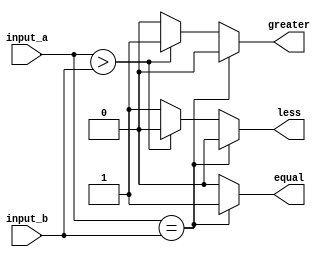
module parameterized_comparator #(parameter N = 8) (
    input  wire [N-1:0] input_a,
    input  wire [N-1:0] input_b,
    output reg  equal,
    output reg  greater,
    output reg  less
);

always @* begin
    // Default output values
    equal = 1'b0;
    greater = 1'b0;
    less = 1'b0;

    // Compare input_a and input_b
    if (input_a == input_b) begin
        equal = 1'b1;
    end else if (input_a > input_b) begin
        greater = 1'b1;
    end else begin
        less = 1'b1;
    end
end

endmodule